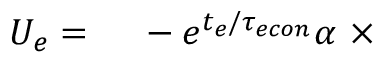
\begin{array} { r l } { U _ { e } = } & { { } \ - e ^ { t _ { e } / { \tau _ { e c o n } } } \alpha \ \times } \end{array}